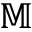
\mathbb { M }